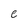
Character: e